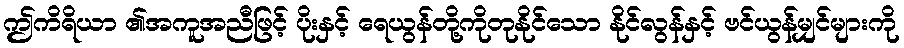
ဤကိရိယာ ၏အကူအညီဖြင့် ပိုးနှင့် ရေယွန်တို့ကိုတုနိုင်သော နိုင်လွန်နှင့် ဗင်ယွန်မျှင်များကို